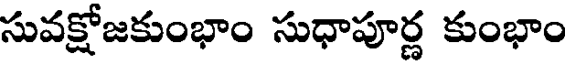
సువక్షోజకుంభాం సుధాపూర్ణ కుంభాం